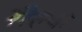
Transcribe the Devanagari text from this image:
रौल्फ